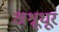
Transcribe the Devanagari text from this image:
अश्रूधूर